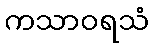
ကသာဝရသံ